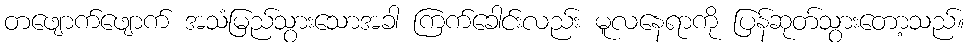
တဖျောက်ဖျောက် အသံမြည်သွားသောအခါ ကြက်ခေါင်းလည်း မူလနေရာကို ပြန်ဆုတ်သွားတော့သည်။